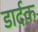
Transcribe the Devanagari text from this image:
डार्दक